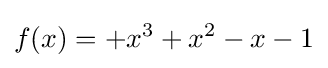
f(x)=+x^{3}+x^{2}-x-1